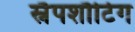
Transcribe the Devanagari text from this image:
स्नैपशौटिंग